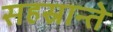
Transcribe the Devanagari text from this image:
सहस्रान्ते